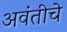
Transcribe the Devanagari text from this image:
अवंतीचे